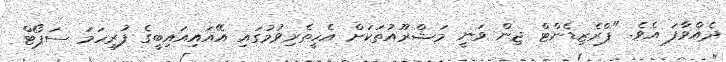
ދެއްވާފަ އެވެ. "ޕްރެޒިޑެންޓް ޖިން ވަނީ މަޝްރޫއުތަކަށް އެހީތެރިވުމުގައި އޭއައިއައިބީގެ ފުރިހަމަ ސަޕޯޓް